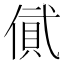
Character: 𠍎